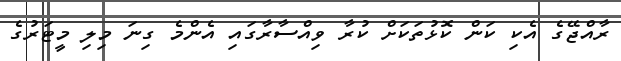
ރާއްޖޭގެ އެކި ކަން ކޮޅުތަކަށް ކުރާ ވިއްސާރާގައި އެންމެ ގިނަ މިލި މީޓަރުގެ